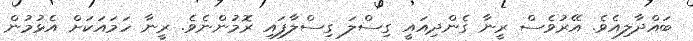
ބައްދާލިއެވެ. އޭރުވެސް ރީނާ ގެންދިއައީ ގިސްލަ ގިސްލާފައި ރޮމުންނެވެ. ރީނާ ހަމައަކަށް އެޅުމުން